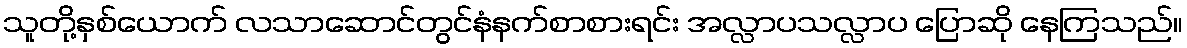
သူတို့နှစ်ယောက် လသာဆောင်တွင်နံနက်စာစားရင်း အလ္လာပသလ္လာပ ပြောဆို နေကြသည်။